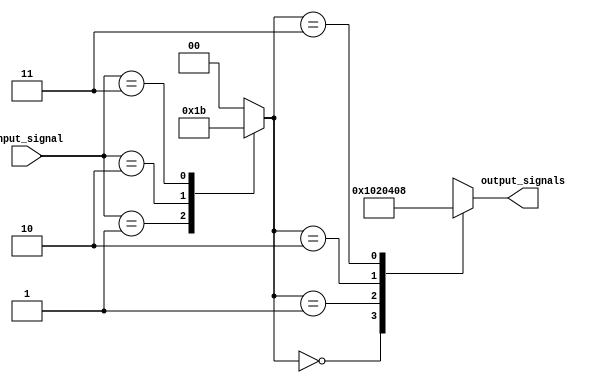
module decoder 
( 
  input [3:0] input_signal, 
  output [7:0] output_signals 
); 

reg [1:0] selection; 

always @* 
begin 
  case(input_signal) 
    4'b0000: selection = 2'b00; 
    4'b0001: selection = 2'b01; 
    4'b0010: selection = 2'b10; 
    4'b0011: selection = 2'b11; 
    default: selection = 2'b00; 
  endcase 

  case(selection) 
    2'b00: output_signals = 8'b00000001; 
    2'b01: output_signals = 8'b00000010; 
    2'b10: output_signals = 8'b00000100; 
    2'b11: output_signals = 8'b00001000; 
  endcase 
end 
endmodule